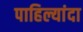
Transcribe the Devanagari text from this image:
पाहिल्यांदा